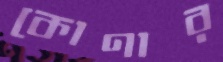
কোণার